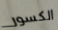
الكسور